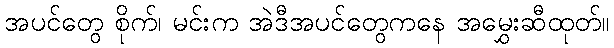
အပင်တွေ စိုက်၊ မင်းက အဲဒီအပင်တွေကနေ အမွှေးဆီထုတ်။